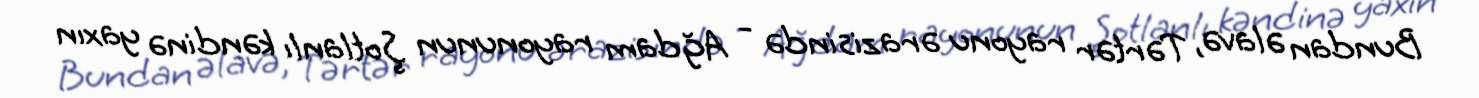
Bundan əlavə, Tərtər rayonu ərazisində - Ağdam rayonunun Şotlanlı kəndinə yaxın